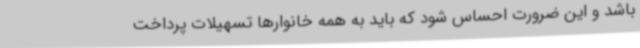
باشد و این ضرورت احساس شود که باید به همه خانوارها تسهیلات پرداخت